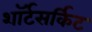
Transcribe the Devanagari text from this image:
शॉर्टसर्किट